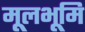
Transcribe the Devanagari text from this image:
मूलभूमि